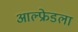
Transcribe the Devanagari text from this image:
आल्फ्रेडला